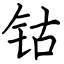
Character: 钴